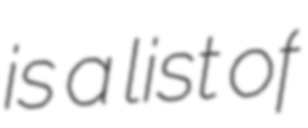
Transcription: is a list of